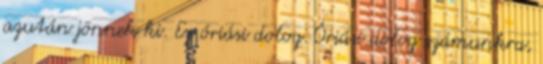
azután jönnek ki. Ez óriási dolog. Óriási dolog számunkra,